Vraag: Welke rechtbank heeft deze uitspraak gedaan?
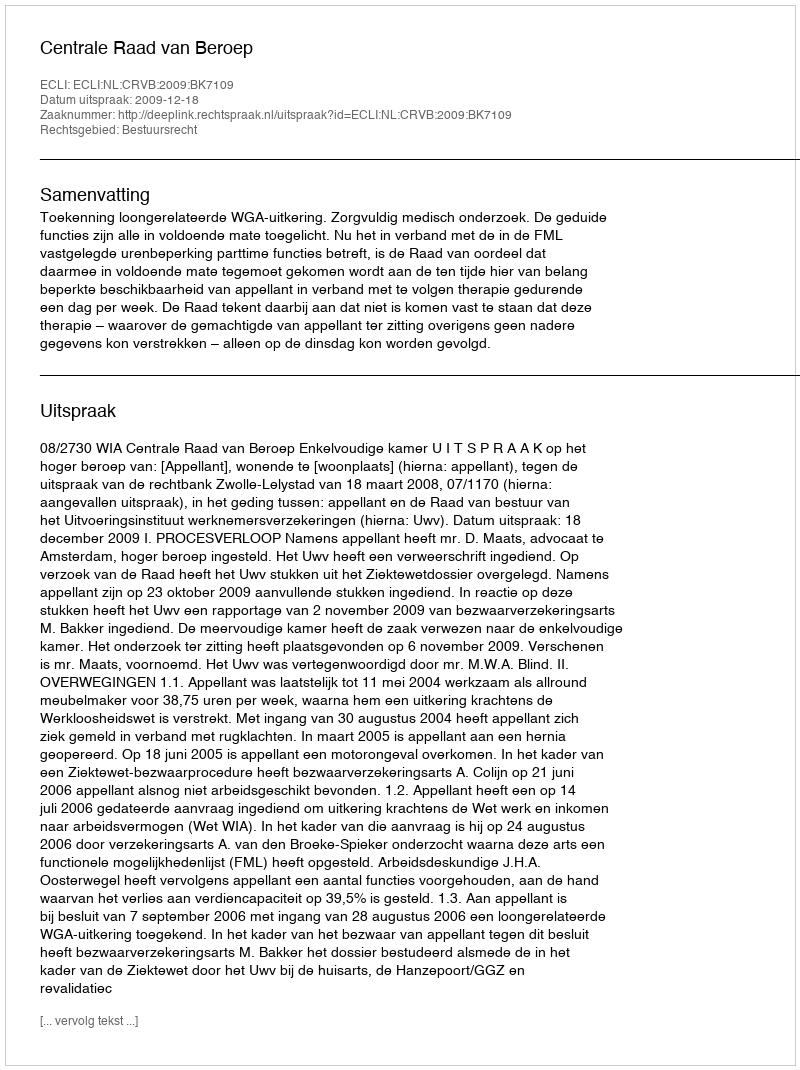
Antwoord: Centrale Raad van Beroep